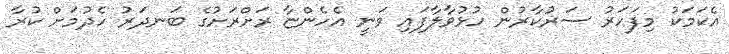
އެކަމަކު މިފަހަރު ސަރުކާރުން ހުޅުވާލާފައި ވަނީ އެހެންޏާ ރަށްރަށުގެ ބަނދަރު ހެދުމަށް ކުރާ